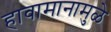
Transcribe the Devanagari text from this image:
हावामानामुळे